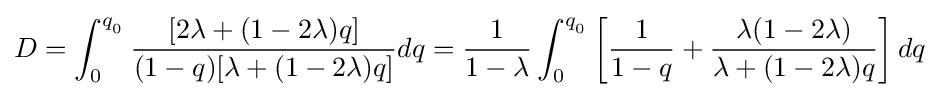
D=\int _{0}^{q_{_{0}}}{\frac {[2\lambda +(1-2\lambda )q]}{(1-q)[\lambda +(1-2\lambda )q]}}dq={\frac {1}{1-\lambda }}\int _{0}^{q_{_{0}}}\left[{\frac {1}{1-q}}+{\frac {\lambda (1-2\lambda )}{\lambda +(1-2\lambda )q}}\right]dq